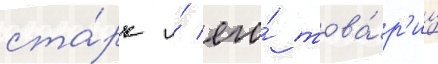
ста́рк и́ его́ това́р'ищ